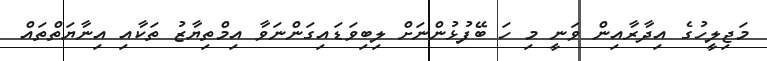
މަޖިލީހުގެ އިދާރާއިން ވަނީ މި ހަ ބޭފުޅުންނަށް ލިބިވަޑައިގަންނަވާ އިމްތިޔާޒު ތަކާއި އިނާޔަތްތައް